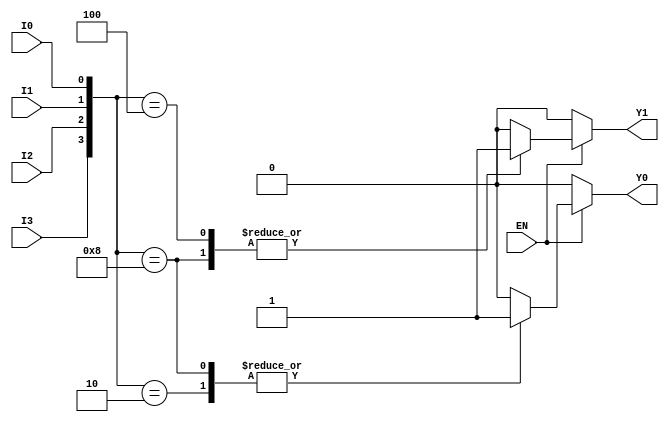
module encoder_4to2 (
    input wire I0,    // Input line 0
    input wire I1,    // Input line 1
    input wire I2,    // Input line 2
    input wire I3,    // Input line 3
    input wire EN,    // Enable input
    output reg Y0,    // Output line 0
    output reg Y1     // Output line 1
);

always @(*) begin
    if (!EN) begin
        // If enable is low, set outputs to 00
        Y0 = 1'b0;
        Y1 = 1'b0;
    end else begin
        // Encoder logic
        case ({I3, I2, I1, I0})
            4'b0000: begin
                Y0 = 1'b0;
                Y1 = 1'b0; // No active input
            end
            4'b0001: begin
                Y0 = 1'b0;
                Y1 = 1'b0; // I0 active
            end
            4'b0010: begin
                Y0 = 1'b1;
                Y1 = 1'b0; // I1 active
            end
            4'b0100: begin
                Y0 = 1'b0;
                Y1 = 1'b1; // I2 active
            end
            4'b1000: begin
                Y0 = 1'b1;
                Y1 = 1'b1; // I3 active
            end
            default: begin
                Y0 = 1'b0;
                Y1 = 1'b0; // Default case (should not occur)
            end
        endcase
    end
end

endmodule